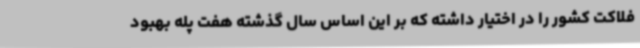
فلاکت کشور را در اختیار داشته که بر این اساس سال گذشته هفت پله بهبود